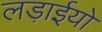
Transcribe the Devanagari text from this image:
लड़ाईयो